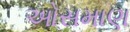
ઓસમાણ